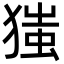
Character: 㺈